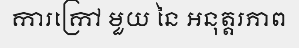
ការក្រៅ មួយ នៃ អនុត្តរភាព